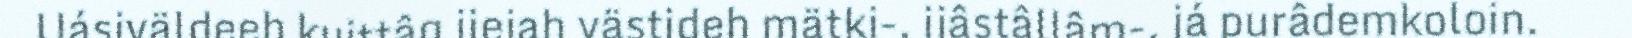
Uásiväldeeh kuittâg jiejah västideh mätki-, ijâstâllâm-, já purâdemkoloin.